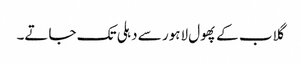
گلاب کے پھول لاہور سے دہلی تک جاتے۔